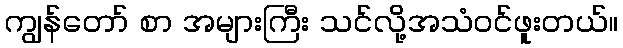
ကျွန်တော် စာ အများကြီး သင်လို့အသံဝင်ဖူးတယ်။